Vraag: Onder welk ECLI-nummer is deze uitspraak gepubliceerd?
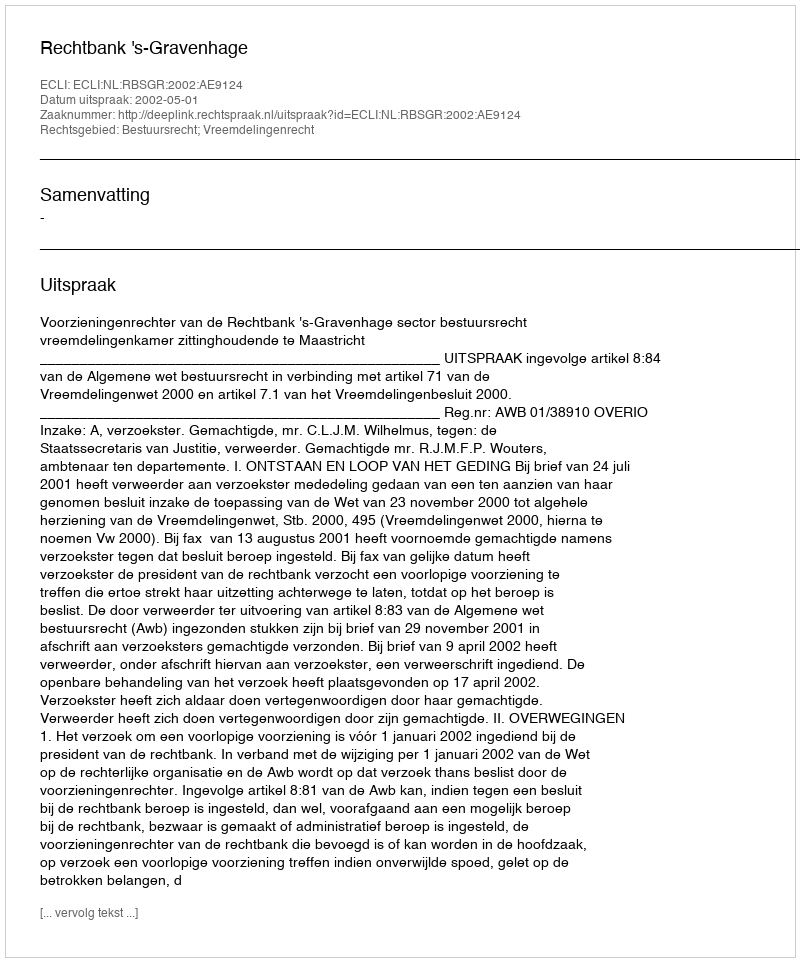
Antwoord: ECLI:NL:RBSGR:2002:AE9124